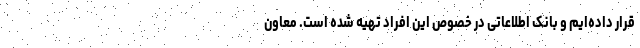
قرار داده‌ایم و بانک اطلاعاتی در خصوص این افراد تهیه شده است. معاون